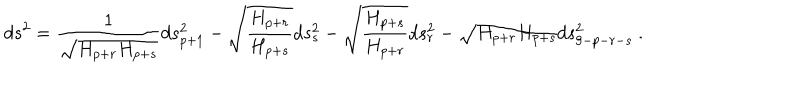
d s ^ { 2 } = { \frac { 1 } { \sqrt { H _ { p + r } H _ { p + s } } } } d s _ { p + 1 } ^ { 2 } - \sqrt { { \frac { H _ { p + r } } { H _ { p + s } } } } d s _ { s } ^ { 2 } - \sqrt { { \frac { H _ { p + s } } { H _ { p + r } } } } d s _ { r } ^ { 2 } - \sqrt { H _ { p + r } H _ { p + s } } d s _ { 9 - p - r - s } ^ { 2 } \ .